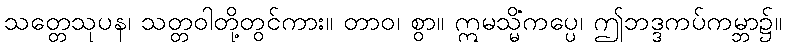
သတ္တေသုပန၊ သတ္တဝါတို့တွင်ကား။ တာဝ၊ စွာ။ ဣမသ္မိံကပ္ပေ၊ ဤဘဒ္ဒကပ်ကမ္ဘာ၌။